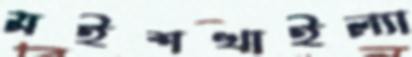
মইশখাইল্যা